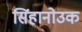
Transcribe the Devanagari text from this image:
सिंहानोउक